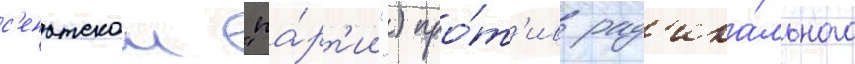
с'енатскои "па́рт'ии") про́т'ив рад'ика́льного